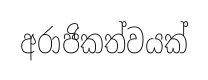
අරාජිකත්වයක්